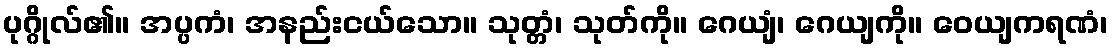
ပုဂ္ဂိုလ်၏။ အပ္ပကံ၊ အနည်းငယ်သော။ သုတ္တံ၊ သုတ်ကို။ ဂေယျံ၊ ဂေယျကို။ ဝေယျကရဏံ၊